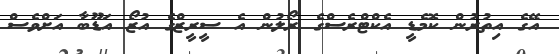
އޭގެ އިތުރުން ކޮމެޑީ އެކްޓްރެސްގެ ރޯލުން އެ ސީރީޒްގެ އުޒޯ އަޑޫބާ އަށްވެސް